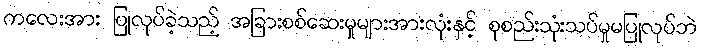
ကလေးအား ပြုလုပ်ခဲ့သည့် အခြားစစ်ဆေးမှုများအားလုံးနှင့် စုစည်းသုံးသပ်မှုမပြုလုပ်ဘဲ